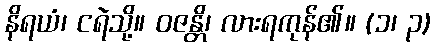
နိရယံ၊ ငရဲသို့။ ဝဇန္တိ၊ လားရကုန်၏။ (၁၊ ၃)